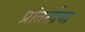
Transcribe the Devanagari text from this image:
प्रांतसीमा